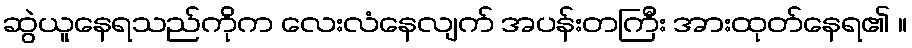
ဆွဲယူနေရသည်ကိုက လေးလံနေလျက် အပန်းတကြီး အားထုတ်နေရ၏ ။